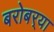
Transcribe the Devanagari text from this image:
बरोबर्‍या